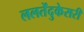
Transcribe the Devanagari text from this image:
ललतेंदुकेसरी